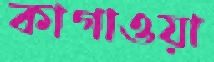
কাগাওয়া